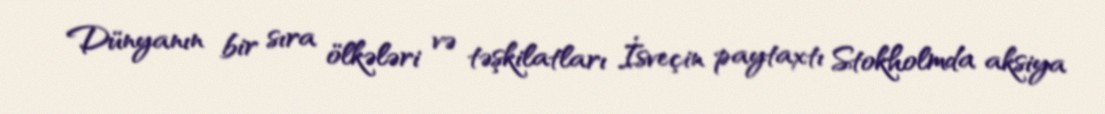
Dünyanın bir sıra ölkələri və təşkilatları İsveçin paytaxtı Stokholmda aksiya